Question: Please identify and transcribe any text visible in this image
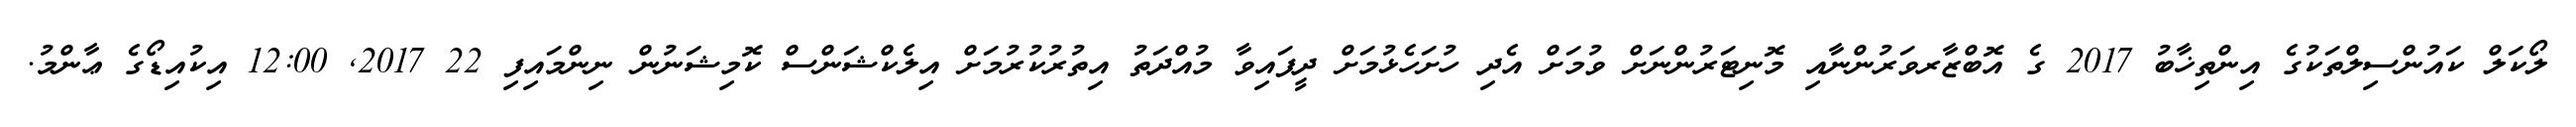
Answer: ލޯކަލް ކައުންސިލްތަކުގެ އިންތިޚާބު 2017 ގެ އޮބްޒާރވަރުންނާއި މޮނިޓަރުންނަށް ވުމަށް އެދި ހުށަހެޅުމަށް ދީފައިވާ މުއްދަތު އިތުރުކުރުމަށް އިލެކްޝަންސް ކޮމިޝަނުން ނިންމައިފި 22 2017, 12:00 އިކުއިޑޯގެ ޢާންމު.